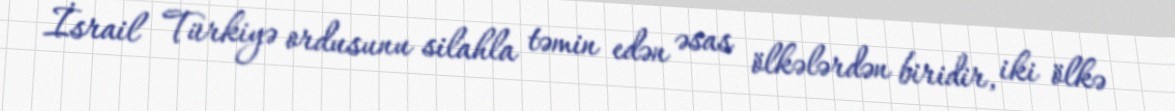
İsrail Türkiyə ordusunu silahla təmin edən əsas ölkələrdən biridir, iki ölkə